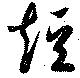
短